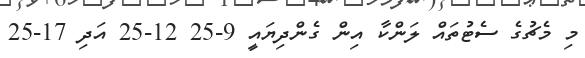
މި މެޗުގެ ސެޓުތައް ލަންކާ އިން ގެންދިޔައީ 9-25 12-25 އަދި 17-25